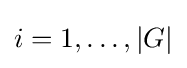
i=1,\ldots ,|G|